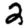
Digit: 2